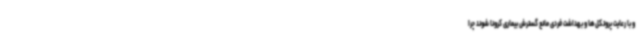
و با رعایت پروتکل‌ها و بهداشت فردی مانع گسترش بیماری کرونا شوند چرا